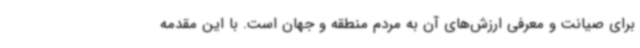
برای صیانت و معرفی ارزش‌های آن به مردم منطقه و جهان است. با این مقدمه